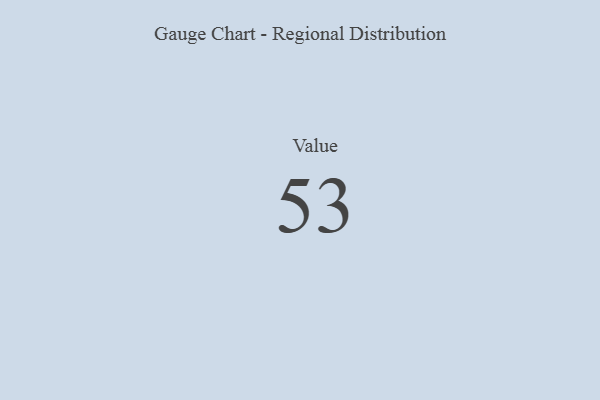
{"axis": {"x": "Metric", "y": "Value"}, "legend": [""], "data": [{"x": "Value", "y": 53, "type": ""}]}